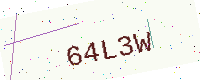
Text: 64L3W